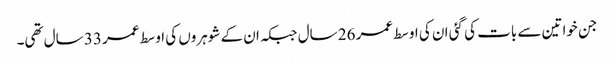
جن خواتین سے بات کی گئی ان کی اوسط عمر 26 سال جبکہ ان کے شوہروں کی اوسط عمر 33 سال تھی۔